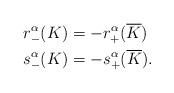
LaTeX: \begin{align*}r^\alpha_-(K) &= -r^\alpha_+(\overline{K})\\s^\alpha_-(K) &= -s^\alpha_+(\overline{K}).\end{align*}